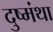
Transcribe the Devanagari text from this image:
दुष्मंथा